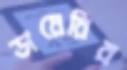
ডায়েরির